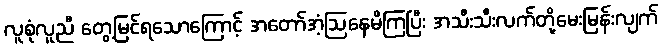
လူစုံလူညီ တွေ့မြင်ရသောကြောင့် အတော်အံ့ဩနေမိကြပြီး အသီးသီးလက်တို့မေးမြန်းလျက်